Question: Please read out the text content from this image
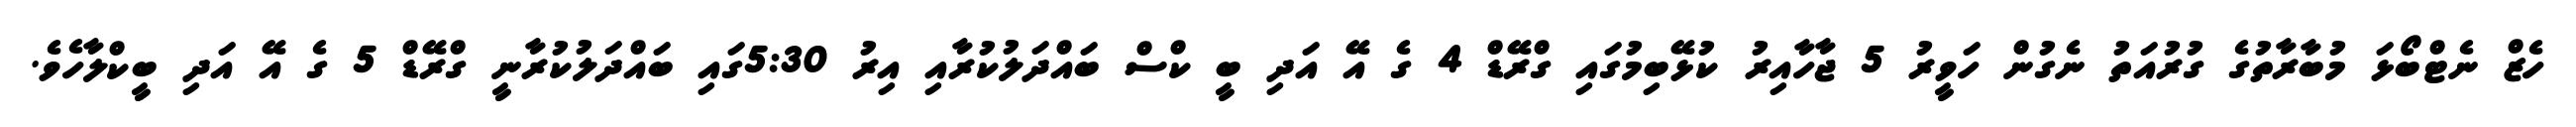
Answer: ހެޒް ނެޓްބޯޅަ މުބާރާތުގެ ގުރުއަތު ނެގުން ހަވީރު 5 ޖާހާއިރު ކުޅޭބިމުގައި ގްރޭޑް 4 ގެ އޭ އަދި ބީ ކްސް ބައްދަލުކުރާއި އިރު 5:30ގައި ބައްދަލުކުރާނީ ގްރޭޑް 5 ގެ އޭ އަދި ބީކްލާހެވެ.